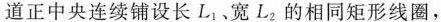
道正中央连续铺设长L_{1}、宽L_{2}的相同矩形线圈，